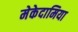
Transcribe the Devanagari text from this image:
मेकेदामिया